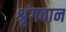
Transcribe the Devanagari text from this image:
श्रृंगवान